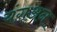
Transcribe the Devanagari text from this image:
यंगअन